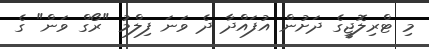
މި ޓްރިލޮޖީގެ ދަށުން އުފައްދާ ދެ ވަނަ ފިލްމު "ރޯގް ވަން" ގެ